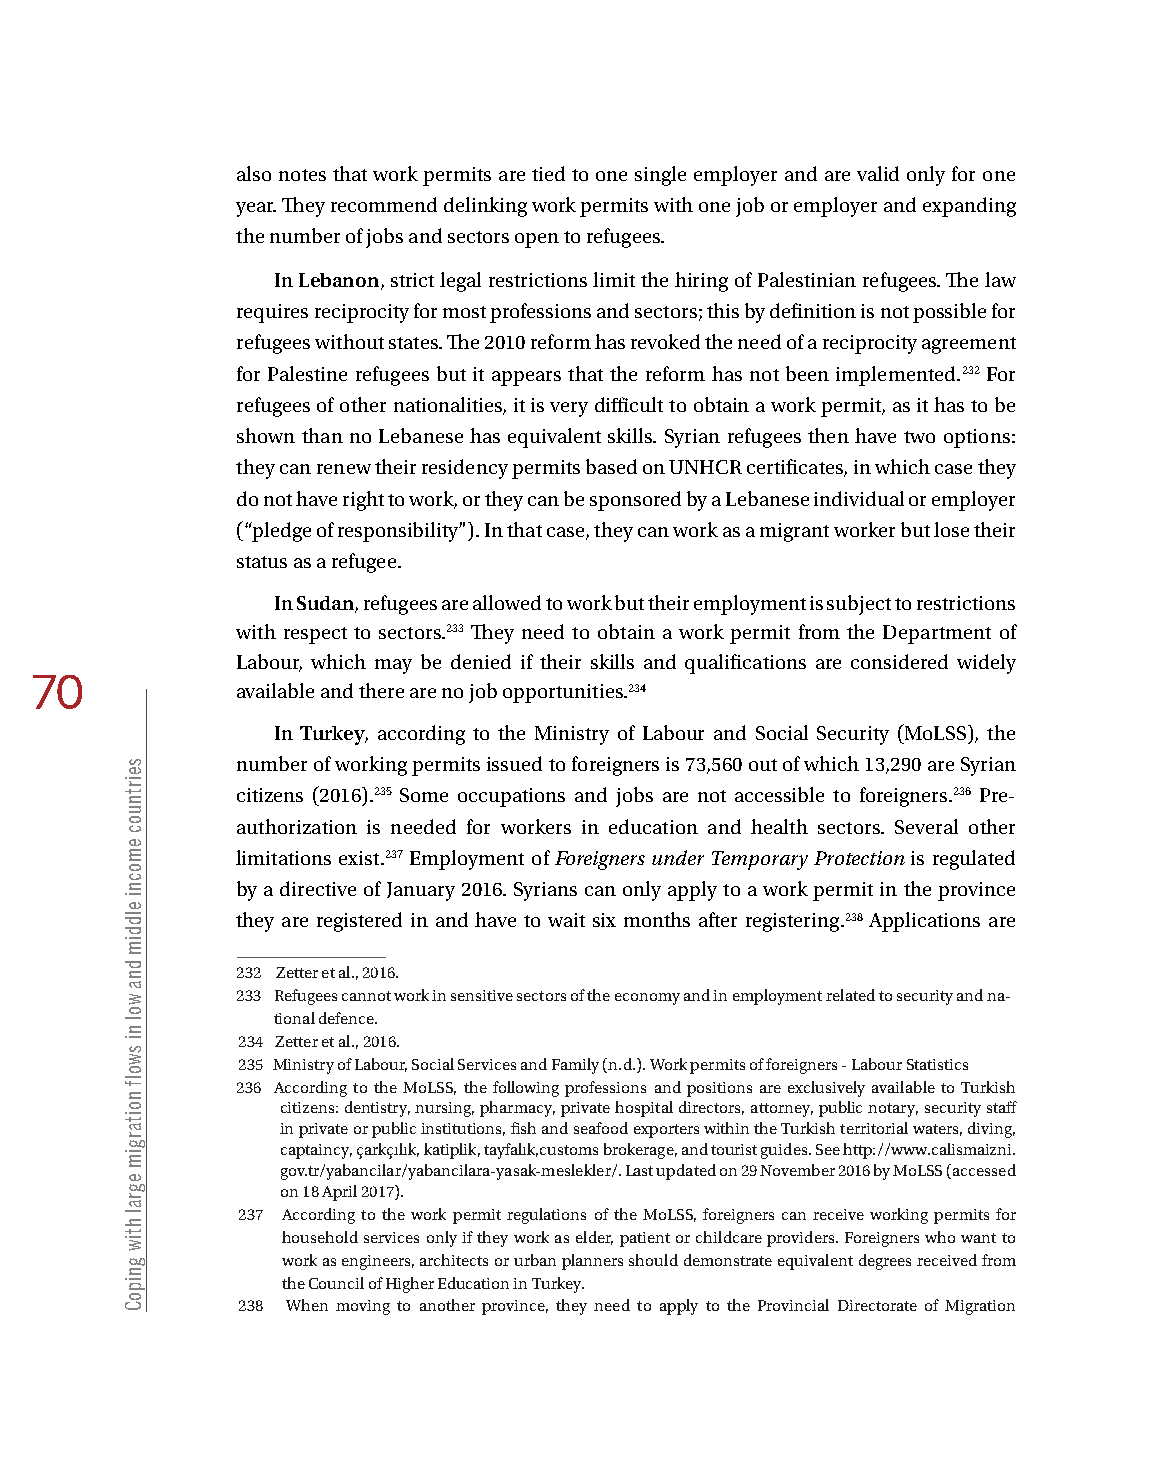
also notes that work permits are tied to one single employer and are valid only for one
 year. They recommend delinking work permits with one job or employer and expanding
 the number of jobs and sectors open to refugees.
 In Lebanon, strict legal restrictions limit the hiring of Palestinian refugees. The law
 requires reciprocity for most professions and sectors; this by definition is not possible for
 refugees without states. The 2010 reform has revoked the need of a reciprocity agreement
 for Palestine refugees but it appears that the reform has not been implemented.232 For
 refugees of other nationalities, it is very difficult to obtain a work permit, as it has to be
 shown than no Lebanese has equivalent skills. Syrian refugees then have two options:
 they can renew their residency permits based on UNHCR certificates, in which case they
 do not have right to work, or they can be sponsored by a Lebanese individual or employer
 (“pledge of responsibility”). In that case, they can work as a migrant worker but lose their
 status as a refugee.
 In Sudan, refugees are allowed to work but their employment is subject to restrictions
 with respect to sectors.233 They need to obtain a work permit from the Department of
 Labour, which may be denied if their skills and qualifications are considered widely
 70
 available and there are no job opportunities.234
 In Turkey, according to the Ministry of Labour and Social Security (MoLSS), the
 number of working permits issued to foreigners is 73,560 out of which 13,290 are Syrian
 citizens (2016).235 Some occupations and jobs are not accessible to foreigners.236 Pre-
 authorization is needed for workers in education and health sectors. Several other
 limitations exist.237 Employment of Foreigners under Temporary Protection is regulated
 by a directive of January 2016. Syrians can only apply to a work permit in the province
 they are registered in and have to wait six months after registering.238 Applications are
 232 Zetter et al., 2016.
 233 Refugees cannot work in sensitive sectors of the economy and in employment related to security and na-
 tional defence.
 234 Zetter et al., 2016.
 235 Ministry of Labour, Social Services and Family (n.d.). Work permits of foreigners - Labour Statistics
 236 According to the MoLSS, the following professions and positions are exclusively available to Turkish
 citizens: dentistry, nursing, pharmacy, private hospital directors, attorney, public notary, security staff
 in private or public institutions, fish and seafood exporters within the Turkish territorial waters, diving,
 captaincy, çarkçılık, katiplik, tayfalık,customs brokerage, and tourist guides. See http://www.calismaizni.
 gov.tr/yabancilar/yabancilara-yasak-meslekler/. Last updated on 29 November 2016 by MoLSS (accessed
 on 18 April 2017).
 237 According to the work permit regulations of the MoLSS, foreigners can receive working permits for
 household services only if they work as elder, patient or childcare providers. Foreigners who want to
 work as engineers, architects or urban planners should demonstrate equivalent degrees received from
 the Council of Higher Education in Turkey.
 238 When moving to another province, they need to apply to the Provincial Directorate of Migration
 seirtnuoc
 emocni
 elddim
 dna
 wol
 ni
 swolf
 noitargim
 egral
 htiw
 gnipoC